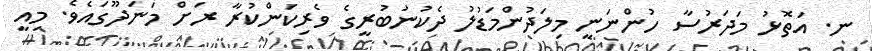
ނ. އަތޮޅު މަދަރުސާ ހުންނަނީ މިލަދުންމަޑުލު ދެކުނުބުރީގެ ވެރިކަންކުރާ ރަށް މަނަދޫގައެވެ. މިއީ